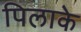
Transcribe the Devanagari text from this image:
पिलाके